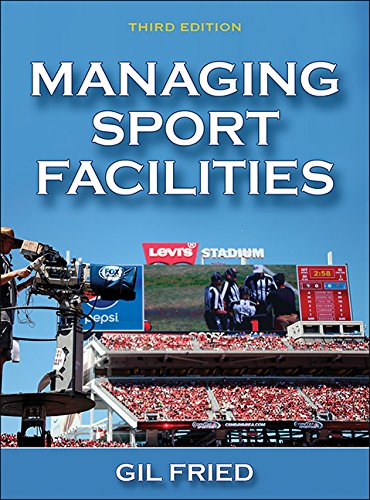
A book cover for Managing Sport Facilities-3rd Edition; Gil Fried; Business & Money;